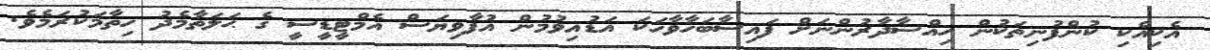
އެކިއެކި ކުންފުނިތަކުން ހިއްސާދާރުންނަށް ފައިސާބަހާވާހަކަ އަޑުއިވުމުން އުފާވިޔަސް އެމްޓީޑީސީ ގެ ޙަލަތާމެދު ހިތާމަކުރަމެވެ.